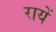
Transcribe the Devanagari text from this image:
रायें